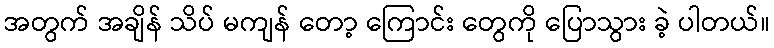
အတွက် အချိန် သိပ် မကျန် တော့ ကြောင်း တွေကို ပြောသွား ခဲ့ ပါတယ်။